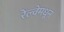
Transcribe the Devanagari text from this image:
रेल्वेमधून